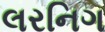
લરનિગ